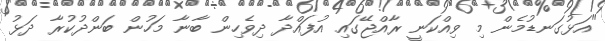
"އަޅުގަނޑުމެން މި ވިއްކަނީ ރާއްޖޭގައި އުފައްދާ ދިވެހިން ބާނާ މަހުން ބަންދުކުރާ ދަޅު